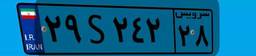
۸۶S۸۹۹۱۶